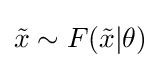
{\tilde {x}}\sim F({\tilde {x}}|\theta )